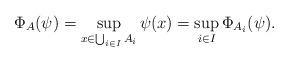
LaTeX: \begin{align*} \Phi_A(\psi) =\sup_{x\in\bigcup_{i\in I}A_i}\psi(x) =\sup_{i\in I}\Phi_{A_i}(\psi).\end{align*}